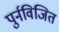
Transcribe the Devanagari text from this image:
पुर्नविजित